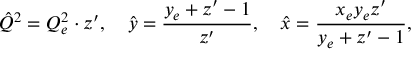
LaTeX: \hat { Q } ^ { 2 } = Q _ { e } ^ { 2 } \cdot z ^ { \prime } , \quad \hat { y } = \frac { y _ { e } + z ^ { \prime } - 1 } { z ^ { \prime } } , \quad \hat { x } = \frac { x _ { e } y _ { e } z ^ { \prime } } { y _ { e } + z ^ { \prime } - 1 } ,